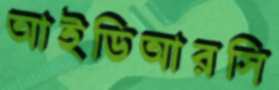
আইডিআরসি